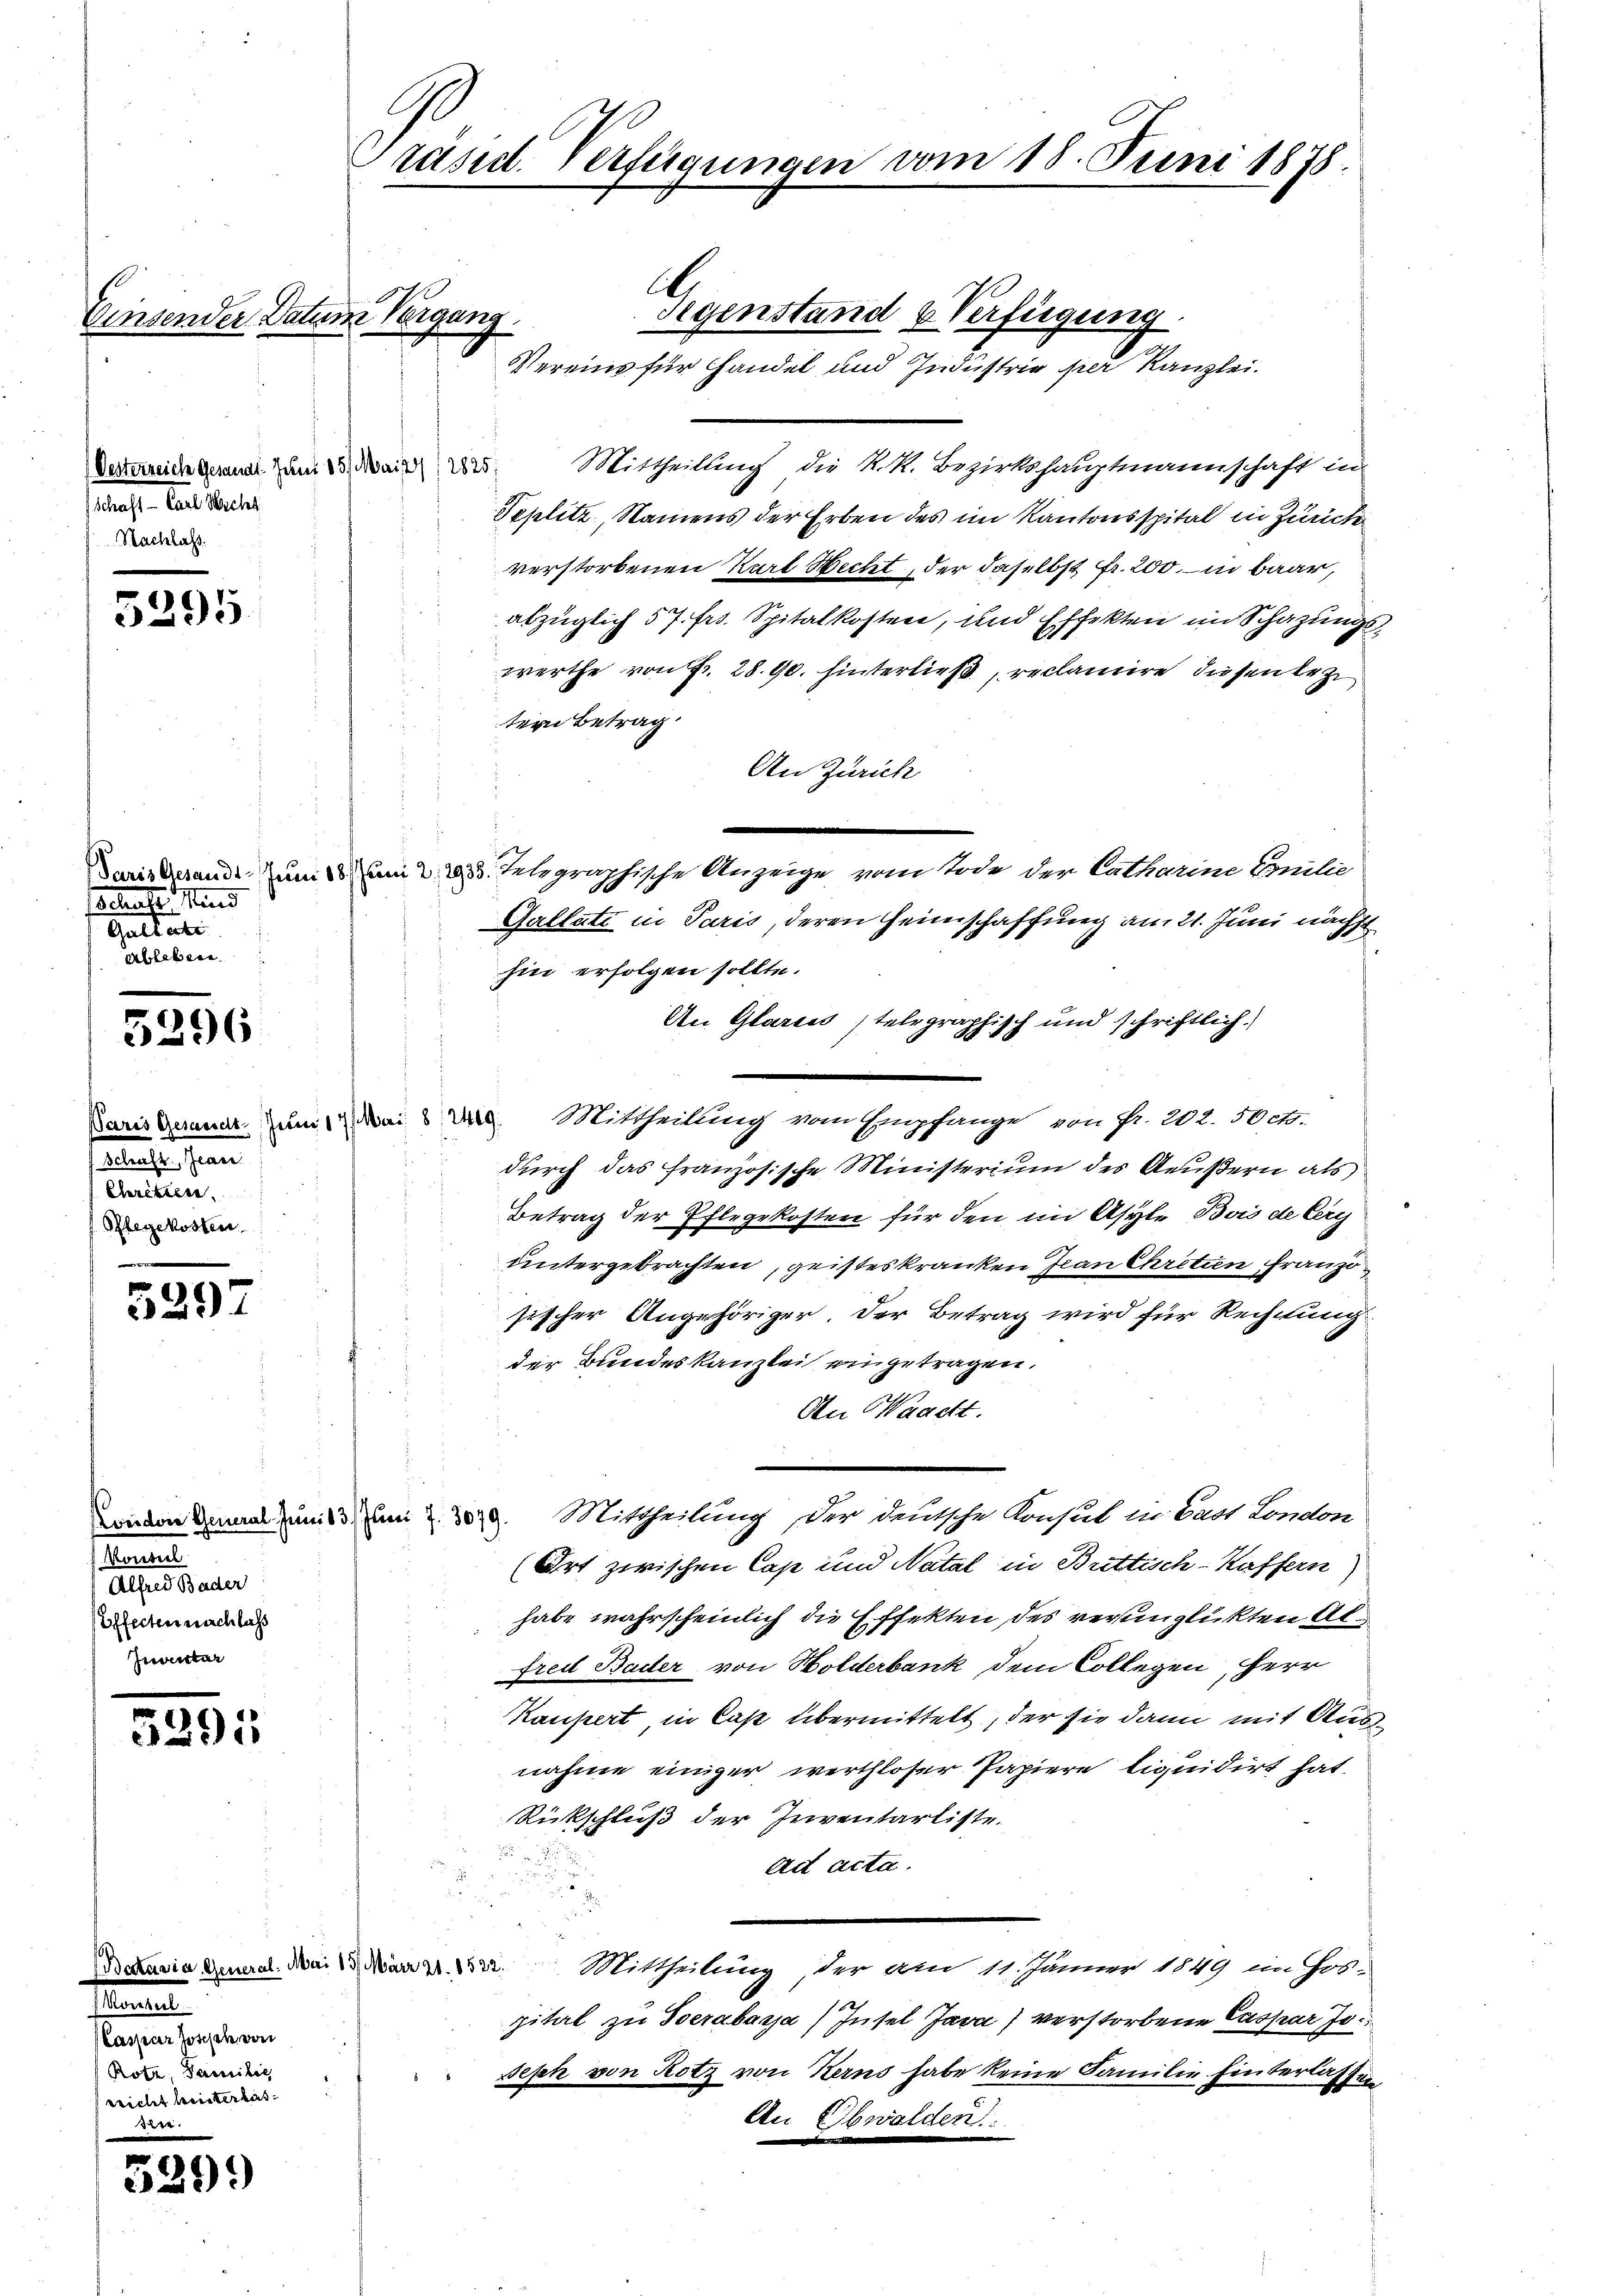
Oesterreich Gesandt. Juni 851 Mai 2 (2825.
schaft - Carl Wicht
Nachlass

5295

ocreat. Hind
e
Ableben

200
6

dachte sein
Cleritten.
Pflegekosten

5297

sleuten
Alfred Bader
Effecten nachlass
Inventar

Vinsender Datum Vergang.

5295

faniel
Caspar Josisch von
Rotz, Familie
rricht leisterbes

u
299)

Präsid. Verfügungen vom 18. Juni 1878.

Regenstand & Verfügung
Vereins für Handel und Industrie per Kanzlei.

Mittheilung die K. K. Bezirkshauptmannschaft in
Teplitz Namens der Erben des im Kantonsspital in Zürich
verstorbenen Karl Hecht, der daselbst Fr. 200. – in Baar,
abzüglich 57. frs. Spitalkosten, und Effekten im Schazungs-
werthe von Fr. 28. 90. hinterließ, reclamire diesen Bezi
tern Betrag
An Zürich
Puristirende zum am 22. Telegraphische Anzeige vom Tode der Catharine Emilie
Gallati in Paris, deren Heimschaffung am 21. Juni nächst
hin erfolgen sollte.
An Glarus stelegraphisch und schriftlich.
Paris Gerner zum Mai d. Mittheilung vom Empfange von fr. 202. 50 cto-
durch das französische Ministerium des Aeußern als
Betrag der Pflegekosten für den im Asyle Bois de Cery
untergebrachten, geisteskranken Jean Chritten Französischer Angehöriger. Der Betrag wird für Rechnung.
der Bundeskanzlei eingetragen.
An Waadt.
wieden Anna im 13. um 2. 309. Mittheilung der deutsche Konsul in Gast London
Ort zwischen Cap und Natal in Brettisch-Kaffern
habe wahrscheinlich die Effekten, des verunglickten Alfrei Bader von Holderbank dem Collegen, Herr
Kaupert in Cap übermittelt, der sie dann mit Ausnahme einiger werthloser Papiere liquidirt hat.
Rückschluß der Inventarliste.

ad acta.

Decaria denen. Mai d. Man v. 1322. Mittheilung, der am 11. Jänner 1849 im Jos-
pital zu Verabarja/Insel Java verstorbene Caspar Jo
seph von Rotz von Kerns habe keine Familie hinterlassen
An Ebwalden